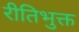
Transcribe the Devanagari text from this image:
रीतिभुक्त